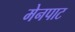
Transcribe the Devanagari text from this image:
मेनपाट